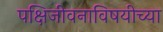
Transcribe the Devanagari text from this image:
पक्षिजीवनाविषयीच्या